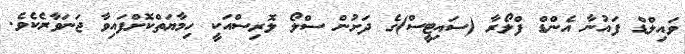
ވައިލްޑް ފައުނާ އެންޑް ފްލޯރާ (ސައިޓީސް)ގެ ދަށުން ސްލޯ ލޮރިސްއަކީ ހިމާޔަތްކޮށްފައިވާ ޖަނަވާރެކެވެ.